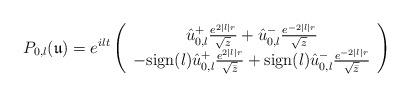
LaTeX: \begin{align*}P_{0,l}(\mathfrak{u})=e^{ilt}\left( \begin{array}{c}\hat{u}_{0,l}^{+}\frac{e^{2|l|r}}{\sqrt{z}}+\hat{u}_{0,l}^{-}\frac{e^{-2|l|r}}{\sqrt{z}}\\-\mbox{sign}(l)\hat{u}^{+}_{0,l}\frac{e^{2|l|r}}{\sqrt{\bar{z}}}+\mbox{sign}(l)\hat{u}^{-}_{0,l}\frac{e^{-2|l|r}}{\sqrt{\bar{z}}}\end{array} \right)\end{align*}